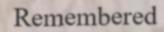
Remembered